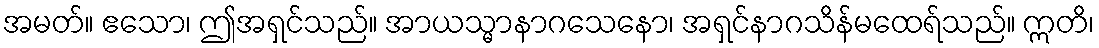
အမတ်။ ဧသော၊ ဤအရှင်သည်။ အာယသ္မာနာဂသေနော၊ အရှင်နာဂသိန်မထေရ်သည်။ ဣတိ၊